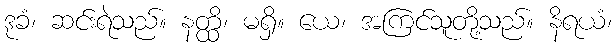
ဒုခံ၊ ဆင်းရဲသည်။ နတ္ထိ၊ မရှိ။ ယေ၊ အကြင်သူတို့သည်။ နိရယံ၊